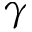
\gamma